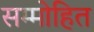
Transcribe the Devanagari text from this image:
सम्‍मोहित